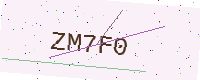
Text: ZM7F0